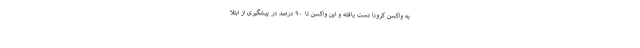
به واکسن کرونا دست یافته و این واکسن تا ۹۰ درصد در پیشگیری از ابتلا